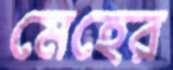
মেহের